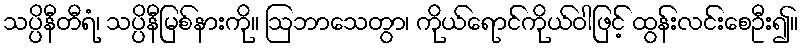
သပ္ပိနီတီရံ၊ သပ္ပိနီမြစ်နားကို။ ဩဘာသေတွာ၊ ကိုယ်ရောင်ကိုယ်ဝါဖြင့် ထွန်းလင်းစေဦး၍။